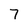
Character: 7